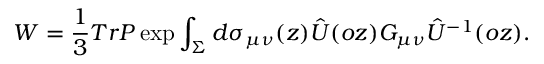
W = \frac { 1 } { 3 } T r P \exp \int _ { \Sigma } d \sigma _ { \mu \nu } ( z ) \hat { U } ( o z ) G _ { \mu \nu } \hat { U } ^ { - 1 } ( o z ) .